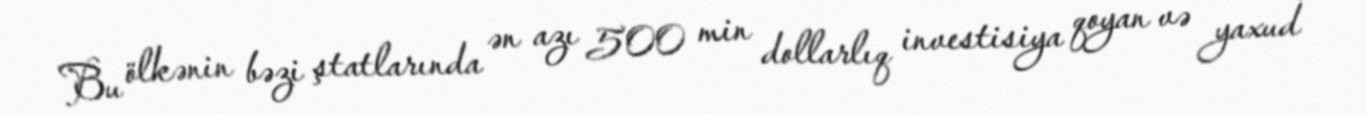
Bu ölkənin bəzi ştatlarında ən azı 500 min dollarlıq investisiya qoyan və yaxud